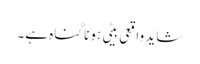
شاید واقعی بیٹی ہونا گناہ ہے۔